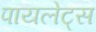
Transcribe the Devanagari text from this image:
पायलेट्स